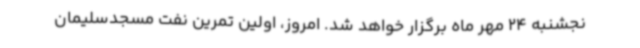
نجشنبه 24 مهر ماه برگزار خواهد شد. امروز، اولین تمرین نفت مسجدسلیمان